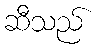
ဆီသည်